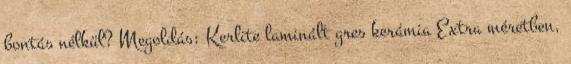
bontás nélkül? Megoldás: Kerlite laminált gres kerámia Extra méretben,